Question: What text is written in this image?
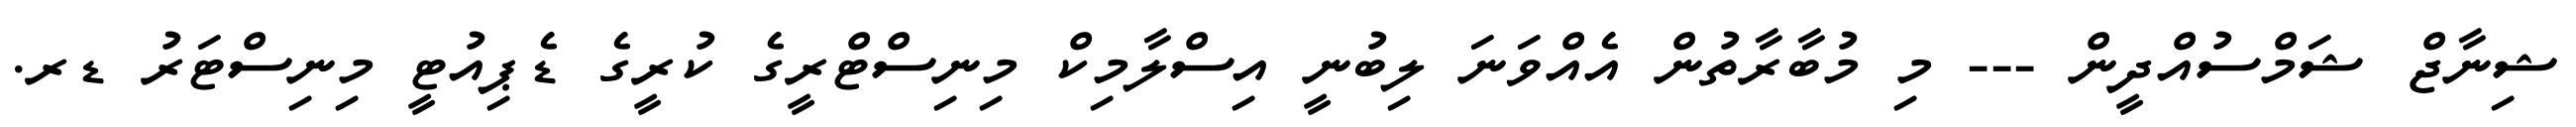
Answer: ޝިނާޖް ޝަމްސުއްދީން --- މި މުބާރާތުން އެއްވަނަ ލިބުނީ އިސްލާމިކް މިނިސްޓްރީގެ ކުރީގެ ޑެޕިއުޓީ މިނިސްޓަރު ޑރ.